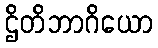
ဌိတိဘာဂိယော